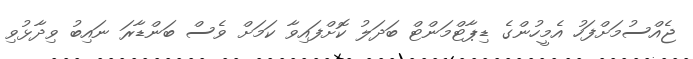
ޖެއްސުމަށްފަހު އެމީހުންގެ ޑިޕާޓްމަންޓް ބަދަލު ކޮށްފައިވާ ކަމަށް ވެސް ބަންޑާރަ ނައިބު ވިދާޅުވި